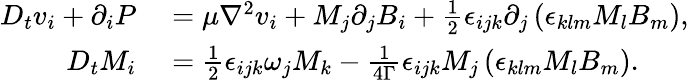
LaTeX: \begin{array}{rl}{D_{t}v_{i}+\partial_{i}P}&{{}=\mu\nabla^{2}v_{i}+M_{j}\partial_{j}B_{i}+\frac{1}{2}\epsilon_{ijk}\partial_{j}\left(\epsilon_{klm}M_{l}B_{m}\right),}\\ {D_{t}M_{i}}&{{}=\frac{1}{2}\epsilon_{ijk}\omega_{j}M_{k}-\frac{1}{4\Gamma}\epsilon_{ijk}M_{j}\left(\epsilon_{klm}M_{l}B_{m}\right).}\end{array}